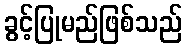
ခွင့်ပြုမည်ဖြစ်သည်